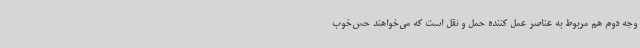
وجه دوم هم مربوط به عناصر عمل کننده حمل و نقل است که می‌خواهند حس‌خوب